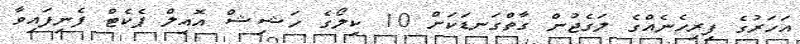
އަހަރުގެ ފިރިހެނެއްގެ ލަގެޖުން ގާތްގަނޑަކަށް 10 ކިލޯގެ ހަޝިޝް އޮއިލް ޕެކެޓް ފެނިފައިވާ